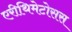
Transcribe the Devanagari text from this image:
एरीथिमेटोसस